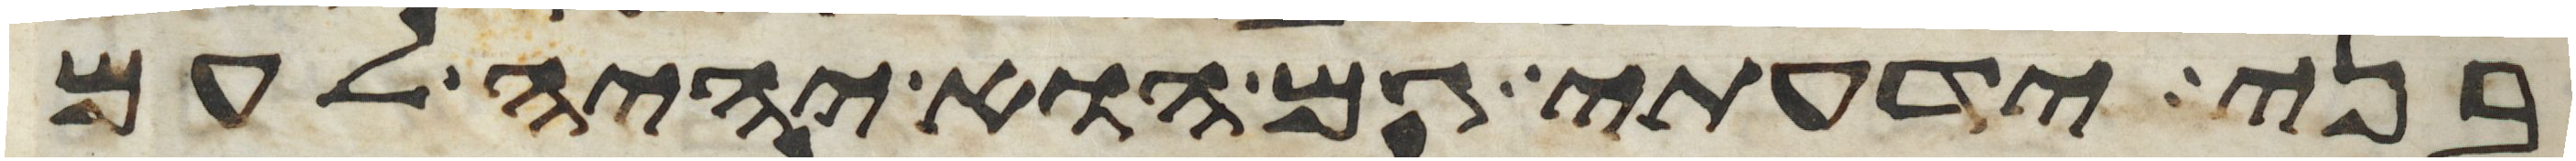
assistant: בני ידעתי גם הוא יהיה לעם